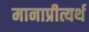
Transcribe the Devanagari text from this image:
मानाप्रीत्यर्थ